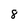
Character: 8